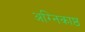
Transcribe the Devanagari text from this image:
अग्निकाष्ठ